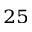
^ { 2 5 }